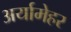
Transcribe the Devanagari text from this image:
अर्यामेहर